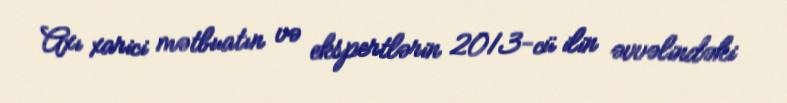
Axı xarici mətbuatın və ekspertlərin 2013-cü ilin əvvəlindəki